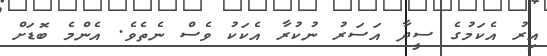
އިރު އެކަމުގެ ސީދާ އަސަރު ނުކުރާ އެކަކު ވެސް ނެތެވެ. އެންމެ ބޮޑަށް